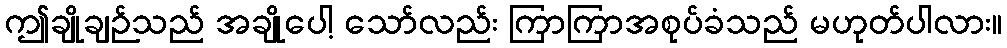
ဤချိုချဉ်သည် အချိုပေါ့ သော်လည်း ကြာကြာအစုပ်ခံသည် မဟုတ်ပါလား။